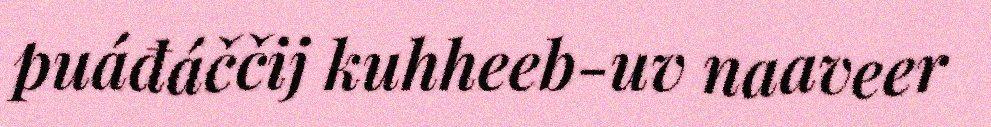
puáđáččij kuhheeb-uv naaveer